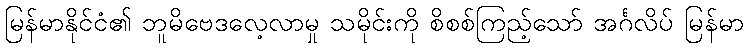
မြန်မာနိုင်ငံ၏ ဘူမိဗေဒလေ့လာမှု သမိုင်းကို စိစစ်ကြည့်သော် အင်္ဂလိပ် မြန်မာ